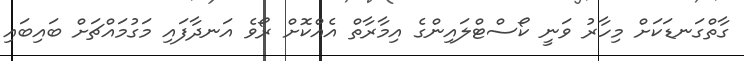
ގާތްގަނޑަކަށް މިހާރު ވަނީ ކޯސްޓްލައިންގެ އިމާރާތް އެއްކޮށް ރޯވެ އަނދާފައި މަގުމައްޗަށް ބައިބައި